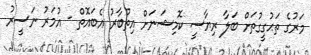
މަރުގެ ތަޙުގީގުތަށް ބަލާ ރިޔާސީ ކޮމިޝަނަށް އިތުބާރު އެބައޮތް - އުމަރު ނަސީރު